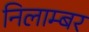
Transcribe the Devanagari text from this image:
निलाम्बर